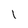
Character: 1